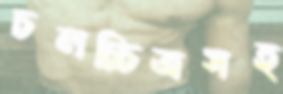
চলচ্চিত্রসহ